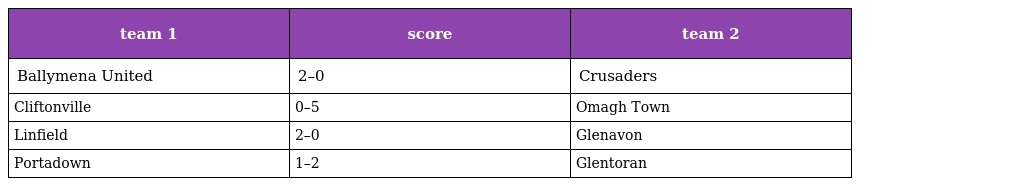
| team 1 | score | team 2 |
 | --- | --- | --- |
 | Ballymena United | 2–0 | Crusaders |
 | Cliftonville | 0–5 | Omagh Town |
 | Linfield | 2–0 | Glenavon |
 | Portadown | 1–2 | Glentoran |